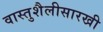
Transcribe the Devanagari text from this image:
वास्तुशैलीसारखी